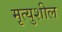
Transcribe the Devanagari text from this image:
मृत्युशील